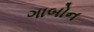
ગાબોન